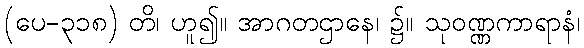
(ပေ-၃၁၈) တိ၊ ဟူ၍။ အာဂတဌာနေ၊ ၌။ သုဝဏ္ဏကာရာနံ၊